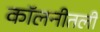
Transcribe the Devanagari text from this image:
कॉलनीतली